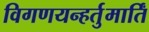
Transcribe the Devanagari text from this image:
विगणयन्हर्तुमार्तिं